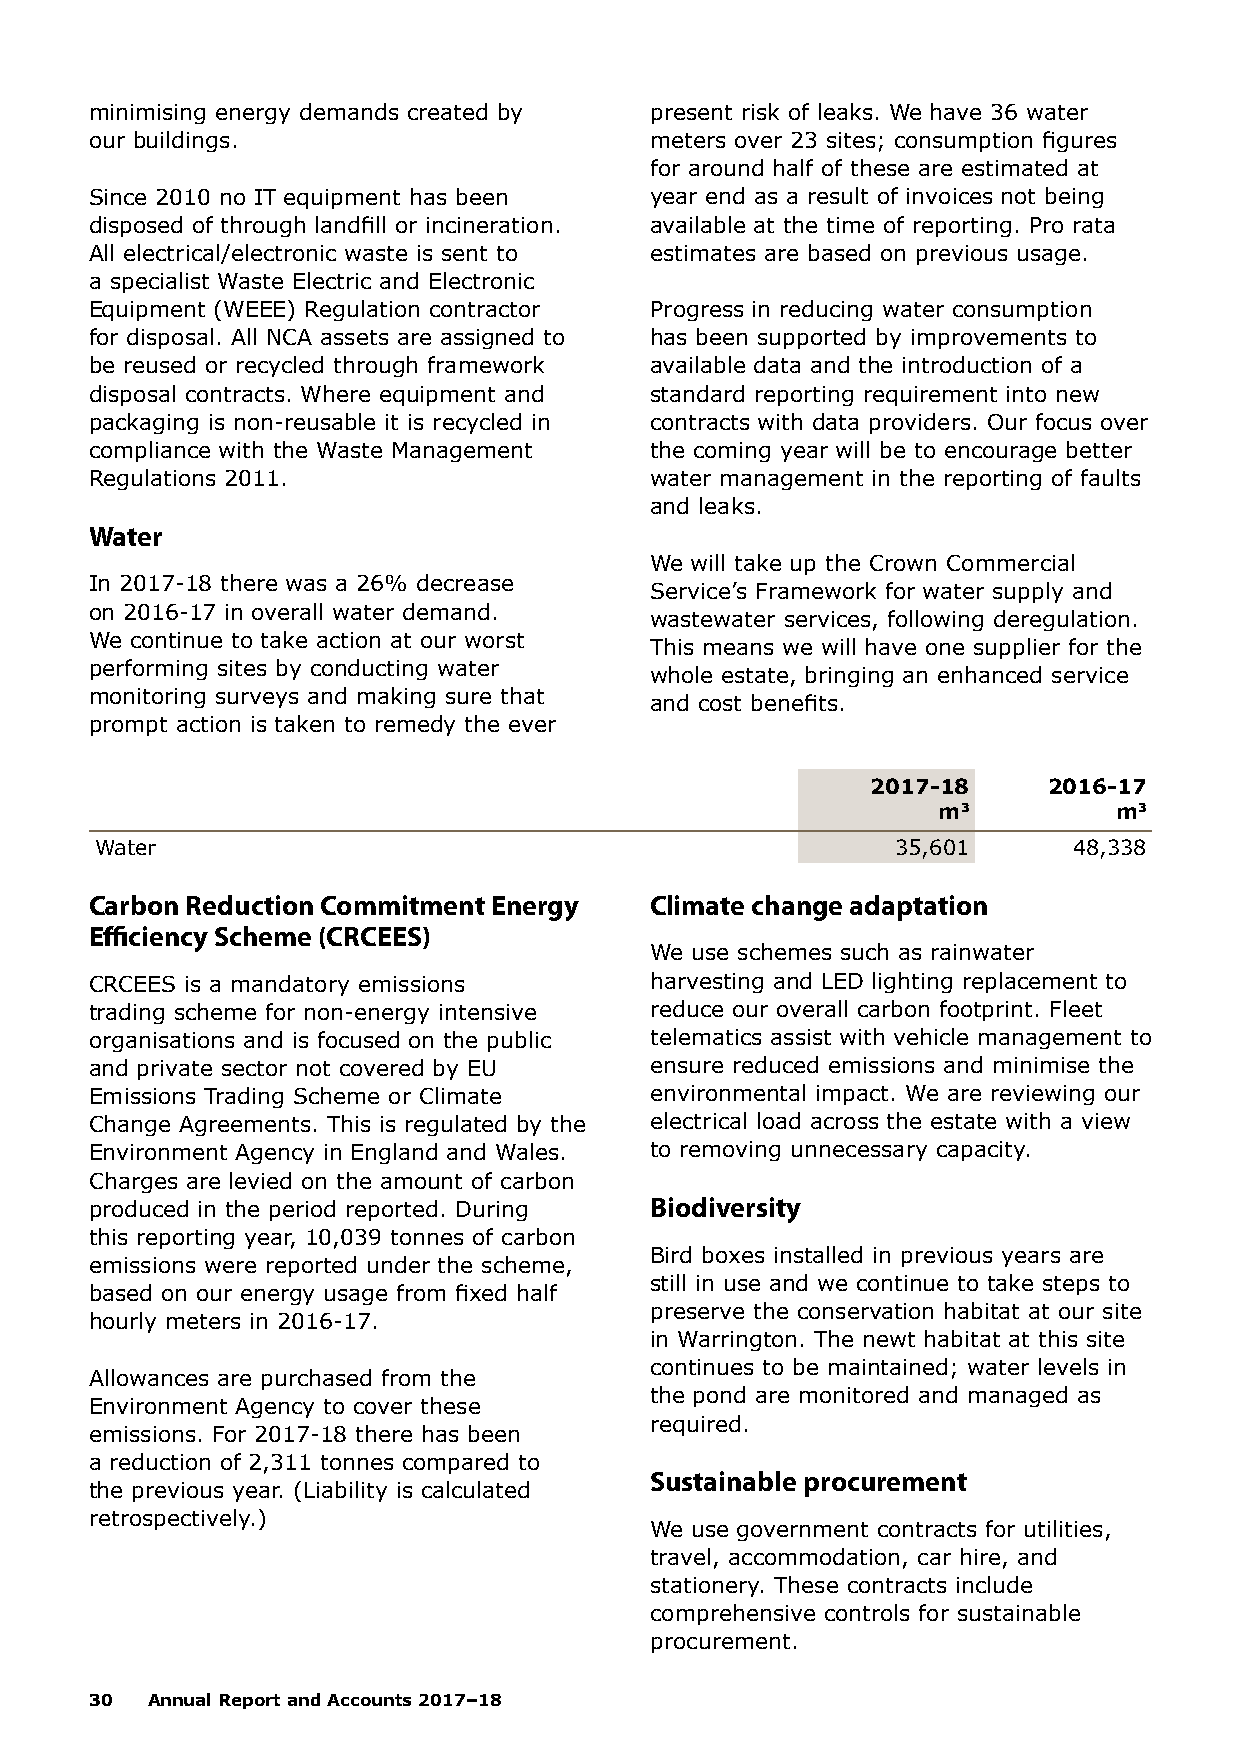
minimising energy demands created by present risk of leaks. We have 36 water
 our buildings.                       meters over 23 sites; consumption figures
 for around half of these are estimated at
 Since 2010 no IT equipment has been  year end as a result of invoices not being
 disposed of through landfill or incineration. available at the time of reporting. Pro rata
 All electrical/electronic waste is sent to estimates are based on previous usage.
 a specialist Waste Electric and Electronic
 Equipment (WEEE) Regulation contractor Progress in reducing water consumption
 for disposal. All NCA assets are assigned to has been supported by improvements to
 be reused or recycled through framework available data and the introduction of a
 disposal contracts. Where equipment and standard reporting requirement into new
 packaging is non-reusable it is recycled in contracts with data providers. Our focus over
 compliance with the Waste Management the coming year will be to encourage better
 Regulations 2011.                    water management in the reporting of faults
 and leaks.
 Water
 We will take up the Crown Commercial
 In 2017-18 there was a 26% decrease
 Service’s Framework for water supply and
 on 2016-17 in overall water demand.
 wastewater services, following deregulation.
 We continue to take action at our worst
 This means we will have one supplier for the
 performing sites by conducting water
 whole estate, bringing an enhanced service
 monitoring surveys and making sure that
 and cost benefits.
 prompt action is taken to remedy the ever
 2017-18    2016-17
 m3          m3
 Water                                                35,601      48,338
 Carbon Reduction Commitment Energy   Climate change adaptation
 Efficiency Scheme (CRCEES)
 We use schemes such as rainwater
 CRCEES is a mandatory emissions      harvesting and LED lighting replacement to
 trading scheme for non-energy intensive reduce our overall carbon footprint. Fleet
 organisations and is focused on the public telematics assist with vehicle management to
 and private sector not covered by EU ensure reduced emissions and minimise the
 Emissions Trading Scheme or Climate  environmental impact. We are reviewing our
 Change Agreements. This is regulated by the electrical load across the estate with a view
 Environment Agency in England and Wales. to removing unnecessary capacity.
 Charges are levied on the amount of carbon
 produced in the period reported. During Biodiversity
 this reporting year, 10,039 tonnes of carbon
 Bird boxes installed in previous years are
 emissions were reported under the scheme,
 still in use and we continue to take steps to
 based on our energy usage from fixed half
 preserve the conservation habitat at our site
 hourly meters in 2016-17.
 in Warrington. The newt habitat at this site
 continues to be maintained; water levels in
 Allowances are purchased from the
 the pond are monitored and managed as
 Environment Agency to cover these
 required.
 emissions. For 2017-18 there has been
 a reduction of 2,311 tonnes compared to
 Sustainable procurement
 the previous year. (Liability is calculated
 retrospectively.)
 We use government contracts for utilities,
 travel, accommodation, car hire, and
 stationery. These contracts include
 comprehensive controls for sustainable
 procurement.
 30  Annual Report and Accounts 2017–18